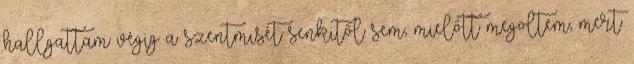
hallgattam végig a szentmisét senkitől sem, mielőtt megöltem, mert